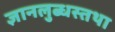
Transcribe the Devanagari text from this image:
ज्ञानलुब्धस्तथा